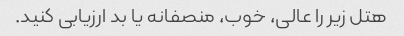
هتل زیر را عالی، خوب، منصفانه یا بد ارزیابی کنید.